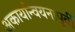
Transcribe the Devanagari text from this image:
अकार्यान्वयनापूर्वी